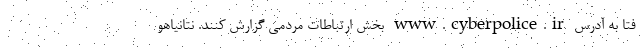
فتا به آدرس www.cyberpolice.ir بخش ارتباطات مردمی گزارش کنند. نتانیاهو